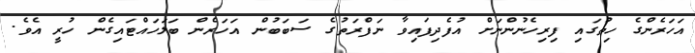
އަހަރެންގެ ހިތުގައި ފިރިހެނުންނަށް އުފެދިފައިވާ ނަފްރަތުގެ ސަބަބުން އަހަރެން ބަލަހައްޓައިގެން ހުރީ އެވެ.